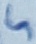
Text: 5